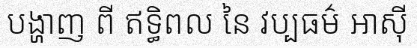
បង្ហាញ ពី ឥទ្ធិពល នៃ វប្បធម៌ អាស៊ី